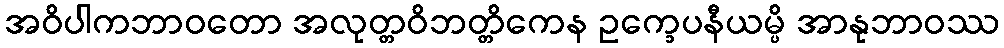
အဝိပါကဘာဝတော အလုတ္တဝိဘတ္တိကေန ဥက္ခေပနီယမ္ပိ အာနုဘာဝဿ